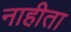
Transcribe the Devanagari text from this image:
नाहीता